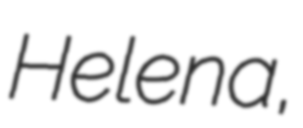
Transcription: Helena,